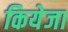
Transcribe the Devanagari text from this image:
कियेजा